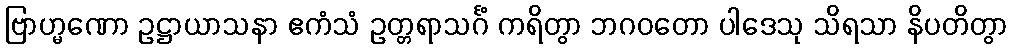
ဗြာဟ္မဏော ဥဋ္ဌာယာသနာ ဧကံသံ ဥတ္တရာသင်္ဂံ ကရိတွာ ဘဂဝတော ပါဒေသု သိရသာ နိပတိတွာ